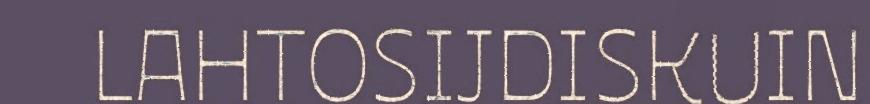
LAHTOSIJDISKUIN